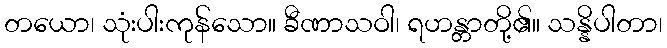
တယော၊ သုံးပါးကုန်သော။ ခီဏာသဝါ၊ ရဟန္တာတို့၏။ သန္နိပါတာ၊